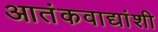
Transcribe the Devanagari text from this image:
आतंकवाद्यांशी